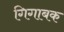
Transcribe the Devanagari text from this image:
गिगाबक